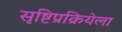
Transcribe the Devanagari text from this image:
सृष्टिप्रक्रियेला